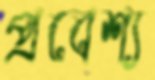
প্রবেশ্য